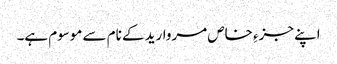
اپنے جزءِ خاص مروارید کے نام سے موسوم ہے۔